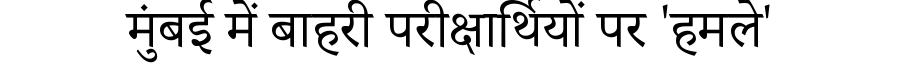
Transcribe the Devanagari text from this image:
मुंबई में बाहरी परीक्षार्थियों पर 'हमले'